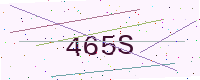
Text: 465S